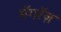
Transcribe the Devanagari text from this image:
मॅगरॅज़